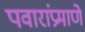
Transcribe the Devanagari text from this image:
पवारांप्रमाणे